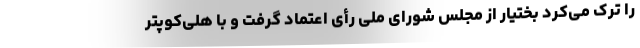
را ترک می‌کرد بختیار از مجلس شورای ملی رأی اعتماد گرفت و با هلی‌کوپتر